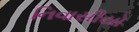
નિવાસીયો